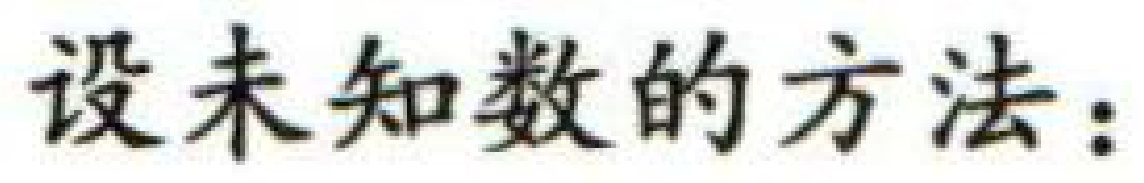
设未知数的方法：